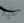
عليه